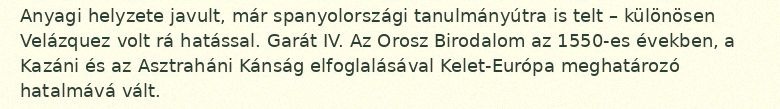
Anyagi helyzete javult, már spanyolországi tanulmányútra is telt – különösen Velázquez volt rá hatással. Garát IV. Az Orosz Birodalom az 1550-es években, a Kazáni és az Asztraháni Kánság elfoglalásával Kelet-Európa meghatározó hatalmává vált.